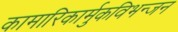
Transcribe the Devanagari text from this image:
कामारिकार्मुकविभन्जन